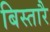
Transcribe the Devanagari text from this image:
बिस्तारै